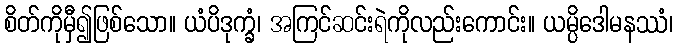
စိတ်ကိုမှီ၍ဖြစ်သော။ ယံပိဒုက္ခံ၊ အကြင်ဆင်းရဲကိုလည်းကောင်း။ ယမ္ပိဒေါမနဿံ၊